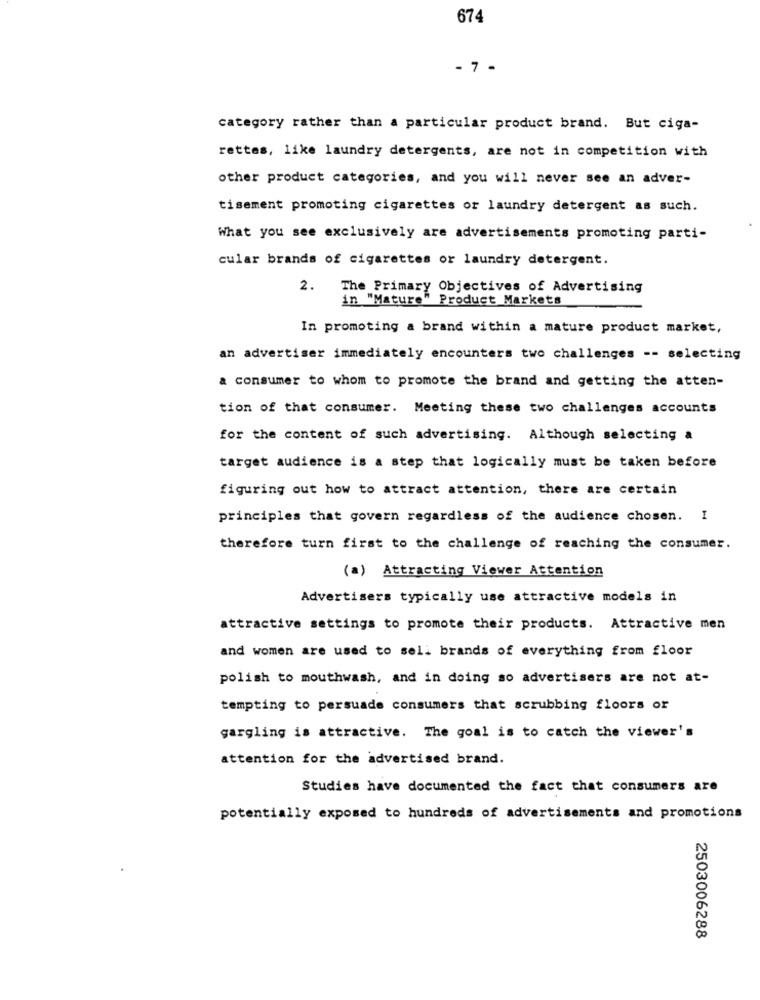
674
- 7 -
category rather than a particular product brand. But ciga-
rettes, like laundry detergents, are not in competition with
other product categories, and you will never see an adver-
tisement promoting cigarettes or laundry detergent as such.
What you see exclusively are advertisements promoting parti-
cular brands of cigarettes or laundry detergent.
2.
The Primary Objectives of Advertising
in "Mature" Product Markets
In promoting a brand within a mature product market,
an advertiser immediately encounters two challenges -- selecting
a consumer to whom to promote the brand and getting the atten-
tion of that consumer. Meeting these two challenges accounts
for the content of such advertising. Although selecting a
target audience is a step that logically must be taken before
figuring out how to attract attention, there are certain
principles that govern regardless of the audience chosen. I
therefore turn first to the challenge of reaching the consumer.
(a) Attracting Viewer Attention
Advertisers typically use attractive models in
attractive settings to promote their products. Attractive men
and women are used to sell brands of everything from floor
polish to mouthwash, and in doing so advertisers are not at-
tempting to persuade consumers that scrubbing floors or
gargling is attractive. The goal is to catch the viewer's
attention for the advertised brand.
Studies have documented the fact that consumers are
potentially exposed to hundreds of advertisements and promotions
2503006288